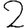
Digit: 2